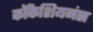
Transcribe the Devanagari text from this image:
कॉकेशियनंस